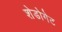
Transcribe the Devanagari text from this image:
शेडोगेट